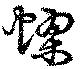
蟉